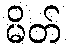
မိတ်